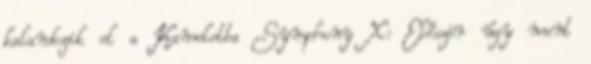
kalandozik el a Kamelotba Symphony X: Először úgy ment